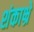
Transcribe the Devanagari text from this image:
शंकाभ्रे